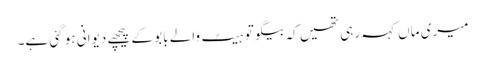
میری ماں کہہ رہی تھیں کہ بیگو تو ہیٹ والے بابو کے پیچھے دیوانی ہو گئی ہے۔